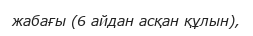
жабағы (6 айдан асқан құлын),